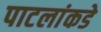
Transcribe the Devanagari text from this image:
पाटलांकडे